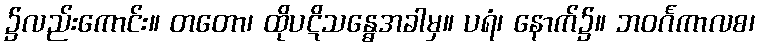
၌လည်းကောင်း။ တတော၊ ထိုပဋိသန္ဓေအခါမှ။ ပရံ၊ နောက်၌။ ဘဝင်္ဂကာလစ၊